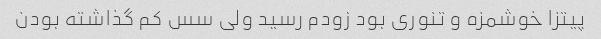
پیتزا خوشمزه و تنوری بود زودم رسید ولی سس کم گذاشته بودن